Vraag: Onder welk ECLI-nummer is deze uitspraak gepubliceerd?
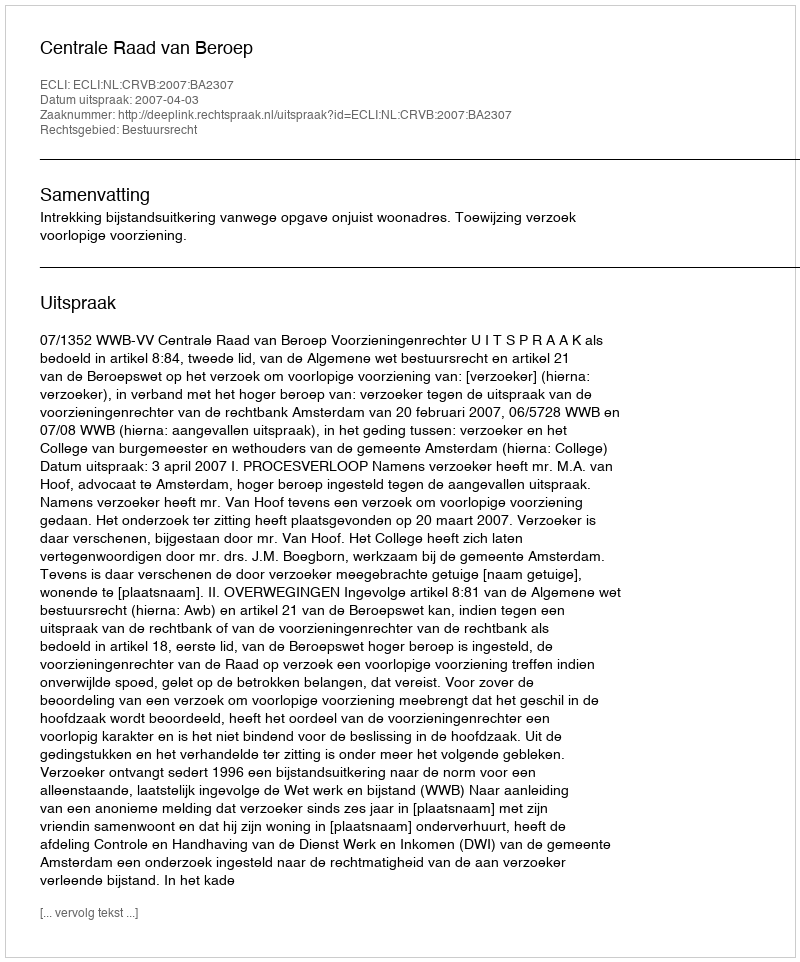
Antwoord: ECLI:NL:CRVB:2007:BA2307